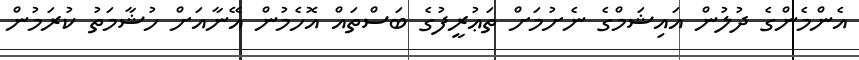
އެންމެންގެ ދުލުން އައިޝަމްގެ ނެށުމަށް ތަޢުރީފުގެ ބަސްތައް އޮހެމުން އޭނާއަށް ހުޝާމަތު ކުރަމުން